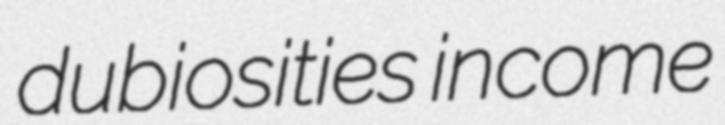
dubiosities income